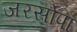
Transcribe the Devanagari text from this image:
जरसोपा